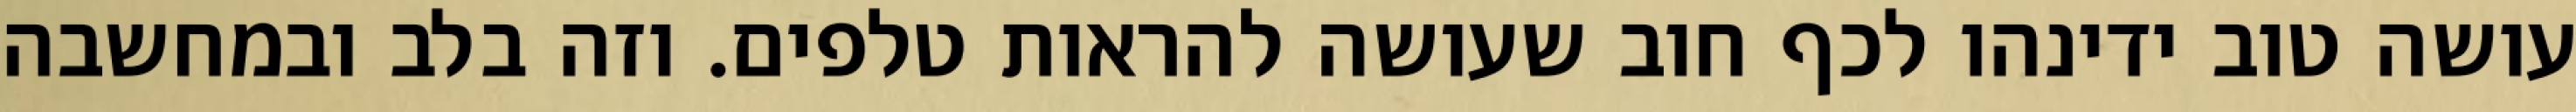
עושה טוב ידינהו לכף חוב שעושה להראות טלפים. וזה בלב ובמחשבה